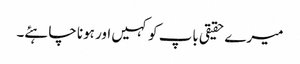
میرے حقیقی باپ کو کہیں اور ہونا چاہئے۔